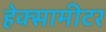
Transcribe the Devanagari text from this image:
हेक्सामीटर